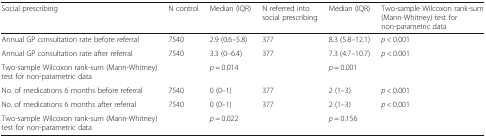
<table><thead><tr><td><b>Social prescribing</b></td><td><b>N control</b></td><td><b>Median (IQR)</b></td><td><b>N referred into social prescribing</b></td><td><b>Median (IQR)</b></td><td><b>Two-sample Wilcoxon rank-sum (Mann-Whitney) test for non-parametric data</b></td></tr></thead><tbody><tr><td>Annual GP consultation rate before referral</td><td>7540</td><td>2.9 (0.6–5.8)</td><td>377</td><td>8.3 (5.8–12.1)</td><td><i>p</i> &lt; 0.001</td></tr><tr><td>Annual GP consultation rate after referral</td><td>7540</td><td>3.3 (0–6.4)</td><td>377</td><td>7.3 (4.7–10.7)</td><td><i>p</i> &lt; 0.001</td></tr><tr><td>Two-sample Wilcoxon rank-sum (Mann-Whitney) test for non-parametric data</td><td></td><td><i>p</i> = 0.014</td><td></td><td><i>p</i> = 0.001</td><td></td></tr><tr><td>No. of medications 6 months before referral</td><td>7540</td><td>0 (0–1)</td><td>377</td><td>2 (1–3)</td><td><i>p</i> &lt; 0.001</td></tr><tr><td>No. of medications 6 months after referral</td><td>7540</td><td>0 (0–1)</td><td>377</td><td>2 (1–3)</td><td><i>p</i> &lt; 0.001</td></tr><tr><td>Two-sample Wilcoxon rank-sum (Mann-Whitney) test for non-parametric data</td><td></td><td><i>p</i> = 0.022</td><td></td><td><i>p</i> = 0.156</td><td></td></tr></tbody></table>